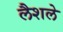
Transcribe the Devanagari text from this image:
लैशले